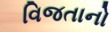
વિજતાનો